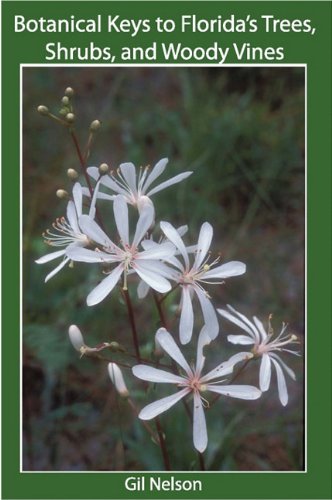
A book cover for Botanical Keys to Florida's Trees, Shrubs, and Woody Vines; Gil Nelson; Crafts, Hobbies & Home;